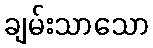
ချမ်းသာသော